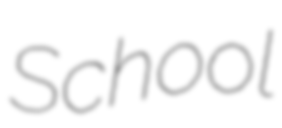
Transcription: School